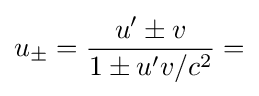
u_{\pm }={\frac {u'\pm v}{1\pm u'v/c^{2}}}=